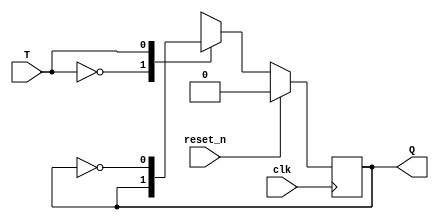
`timescale 1ns / 1ps
//////////////////////////////////////////////////////////////////////////////////
// Company: 
// Engineer: 
// 
// Design Name: 
// Module Name: TFF
// Project Name: 
// Target Devices: 
// Tool Versions: 
// Description: 
// 
// Dependencies: 
// 
// Revision:
// Revision 0.01 - File Created
// Additional Comments:
// 
//////////////////////////////////////////////////////////////////////////////////


module TFF(input T, input clk, input reset_n, output reg Q);

    always@(posedge clk)
    if(reset_n)begin
        Q <= 0;
    end
    else begin
        case(T) 
            1'b0: begin
                Q <= Q;
            end
            1'b1: begin
                Q <= ~Q;
            end
        endcase
    end
     
endmodule